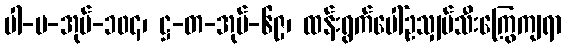
ပါ-ပ-အုပ်-၁၀၄၊ ဋ္ဌ-တ-အုပ်-၆၉၊ ထန်းရွက်ပေါ်ဥသျှပ်သီးကြွေကျရာ